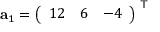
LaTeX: \mathbf { a } _ { 1 } = { \left( \begin{array} { l l l } { 1 2 } & { 6 } & { - 4 } \end{array} \right) } ^ { \textsf { T } }